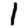
Digit: 1